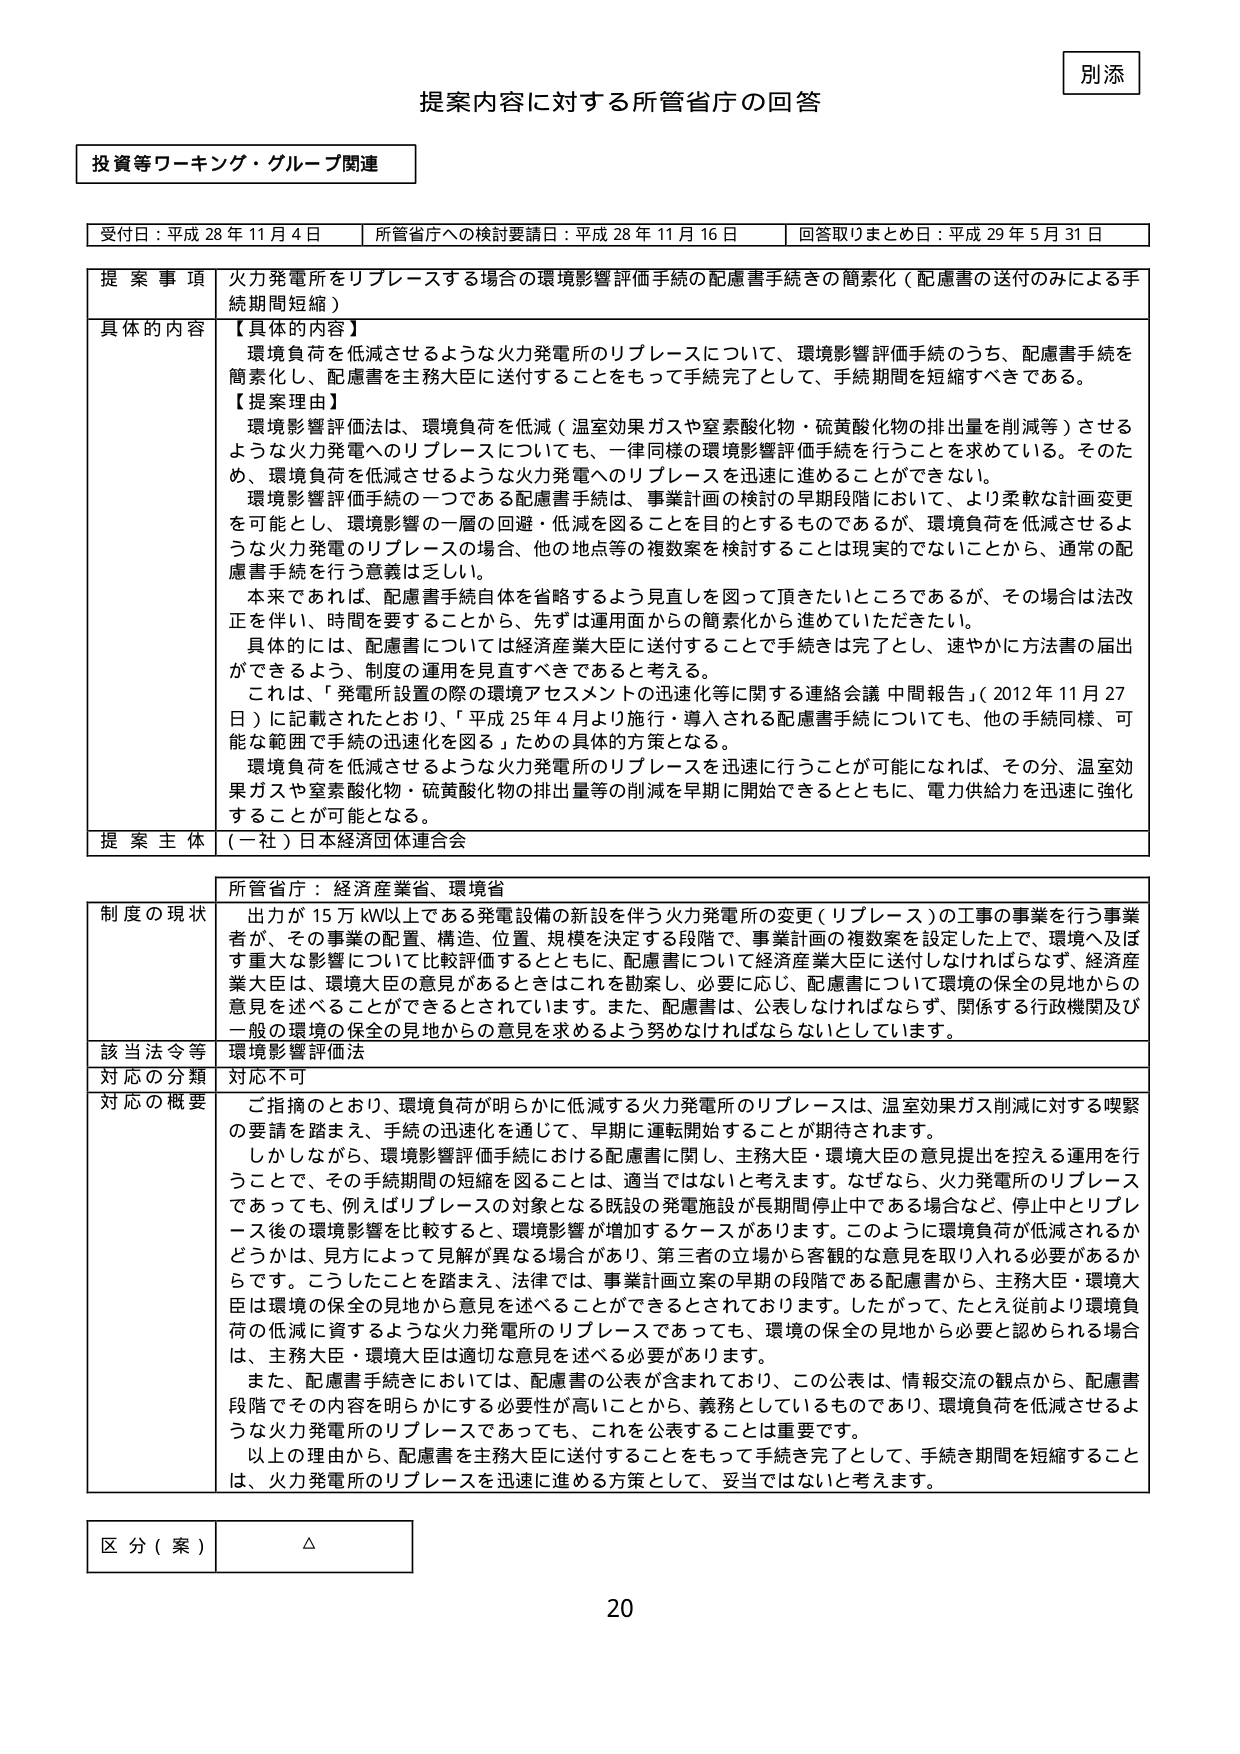
別添

提案内容に対する所管省庁の回答

投資等ワーキング・グループ関連

受付日：平成 28 年 11 月 4 日　　所管省庁への検討要請日：平成 28 年 11 月 16 日　　回答取りまとめ日：平成 29 年 5 月 31 日

提案事項　火力発電所をリプレースする場合の環境影響評価手続の配慮書手続きの簡素化（配慮書の送付のみによる手続期間短縮）

具体的な内容　【具体的な内容】
環境負荷を低減させるような火力発電所のリプレースについて、環境影響評価手続のうち、配慮書手続を簡素化し、配慮書を主務大臣に送付することをもって手続完了として、手続期間を短縮すべきである。

【提案理由】
環境影響評価法は、環境負荷を低減（温室効果ガスや窒素酸化物・硫黄酸化物の排出量を削減等）させるような火力発電へのリプレースについても、一律同様の環境影響評価手続を行うことを求めている。そのため、環境負荷を低減させるような火力発電へのリプレースを迅速に進めることができない。
環境影響評価手続の一つである配慮書手続は、事業計画の検討の早期段階において、より柔軟な計画変更を可能とし、環境影響の一層の回避・低減を図ることを目的とするものであるが、環境負荷を低減させるような火力発電のリプレースの場合、他の地点等の複数案を検討することは現実的でないことから、通常の配慮書手続を行う意義は乏しい。
本来であれば、配慮書手続自体を省略するよう見直しを図って頂きたいところであるが、その場合は法改正を伴い、時間を要することから、先ずは運用面からの簡素化から進めていただきたい。
具体的には、配慮書については経済産業大臣に送付することで手続きは完了とし、速やかに方法書の届出ができ、制度の運用を見直すべきであると考える。
これは、「発電所設置の際の環境アセスメントの迅速化等に関する連絡会議 中間報告」（2012 年 11 月 27 日）に記載されたとおり、「平成 25 年 4 月より施行・導入される配慮書手続についても、他の手続同様、可能な範囲で手続の迅速化を図る」ための具体的方策となる。
環境負荷を低減させるような火力発電所のリプレースを迅速に行うことが可能になれば、その分、温室効果ガスや窒素酸化物・硫黄酸化物の排出量等の削減を早期に開始できるとともに、電力供給力を迅速に強化することが可能となる。

提案主体　（一社）日本経済団体連合会

所管省庁：経済産業省、環境省

制度の現状　出力が 15 万 kW以上である発電設備の新設を伴う火力発電所の変更（リプレース）の工事の事業を行う事業者が、その事業の配置、構造、位置、規模を決定する段階で、事業計画の複数案を設定した上で、環境へ及ぼす重大な影響について比較評価するとともに、配慮書について経済産業大臣に送付しなければならず、経済産業大臣は、環境大臣の意見があるときにはこれを勘案し、必要に応じ、配慮書について環境の保全の見地からの意見を述べることができるとされています。また、配慮書は、公表しなければならず、関係する行政機関及び一般の環境の保全の見地からの意見を求めるよう努めなければならないとしています。

該当法令等　環境影響評価法

対応の分類　対応不可

対応の概要　ご指摘のとおり、環境負荷が明らかに低減する火力発電所のリプレースは、温室効果ガス削減に対する喫緊の要請を踏まえ、手続の迅速化を通じて、早期に運転開始することが期待されます。
しかしながら、環境影響評価手続における配慮書に関し、主務大臣・環境大臣の意見提出を控える運用を行うことで、その手続期間の短縮を図ることは、適当ではないと考えます。なぜなら、火力発電所のリプレースであっても、例えばリプレースの対象となる既設の発電施設が長期間停止中である場合など、停止中とリプレース後の環境影響を比較すると、環境影響が増加するケースがあります。このように環境負荷が低減されるかどうかは、見方によって見解が異なる場合があり、第三者の立場から客観的な意見を取り入れる必要があるからです。こうしたことを踏まえ、法律では、事業計画立案の早期の段階である配慮書から、主務大臣・環境大臣は環境の保全の見地から意見を述べることができるとされています。したがって、たとえ従前より環境負荷の低減に資するような火力発電所のリプレースであっても、環境の保全の見地から必要と認められる場合は、主務大臣・環境大臣は適切な意見を述べる必要があります。
また、配慮書手続きにおいては、配慮書の公表が含まれており、この公表は、情報交流の観点から、配慮書段階でその内容を明らかにする必要性が高いことから、義務としているものであり、環境負荷を低減させるような火力発電所のリプレースであっても、これを公表することは重要です。
以上の理由から、配慮書を主務大臣に送付することをもって手続を完了として、手続き期間を短縮することは、火力発電所のリプレースを迅速に進める方策として、妥当ではないと考えます。

区分（案）　△

20